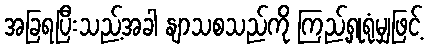
အခြရပြီးသည့်အခါ နျာသစသည်ကို ကြည့်ရှုရုံမျှဖြင့်